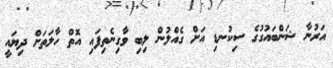
އަރުނާ ޝަންބައުގުގެ ސިކުނޑި އަށް ގެއްލުން ލިބި ވާގިނެތިފައި އޮތް ހާލަތަށް ދިޔައީ